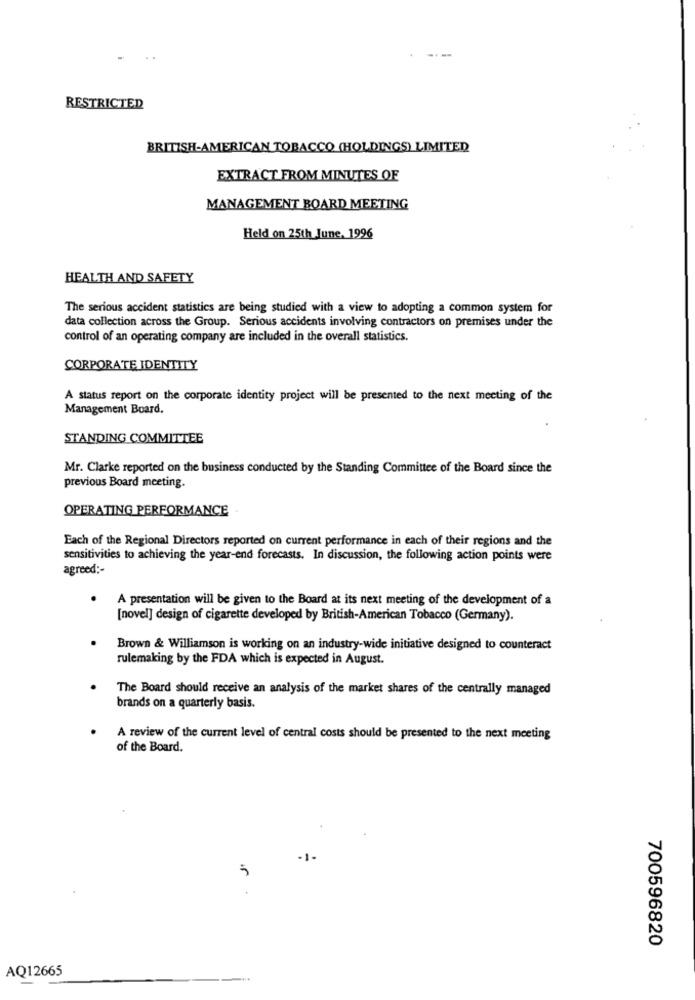
--
RESTRICTED
BRITISH-AMERICAN TOBACCO (HOLDINGS) LIMITED
EXTRACT FROM MINUTES OF
MANAGEMENT BOARD MEETING
Held on 25th June, 1996
HEALTH AND SAFETY
The serious accident statistics are being studied with a view to adopting a common system for
data collection across the Group. Serious accidents involving contractors on premises under the
control of an operating company are included in the overall statistics.
CORPORATE IDENTITY
A status report on the corporate identity project will be presented to the next meeting of the
Management Board.
STANDING COMMITTEE
Mr. Clarke reported on the business conducted by the Standing Committee of the Board since the
previous Board meeting.
OPERATING PERFORMANCE
Each of the Regional Directors reported on current performance in each of their regions and the
sensitivities to achieving the year-end forecasts. In discussion, the following action points were
agreed :-
A presentation will be given to the Board at its next meeting of the development of a
[novel] design of cigarette developed by British-American Tobacco (Germany).
Brown & Williamson is working on an industry-wide initiative designed to counteract
rulemaking by the FDA which is expected in August.
The Board should receive an analysis of the market shares of the centrally managed
brands on a quarterly basis.
A review of the current level of central costs should be presented to the next meeting
of the Board.
-1.
5
700596820
AQ12665